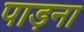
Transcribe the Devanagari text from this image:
पाड़ना